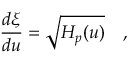
{ \frac { d \xi } { d u } } = \sqrt { H _ { p } ( u ) } \quad ,